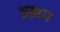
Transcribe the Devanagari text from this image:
इझम